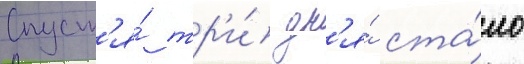
Спуст'я́ тр'и́ дн'я́ ста́ло